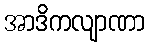
အာဒိကလျာဏာ